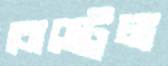
বোস্ট্রেল